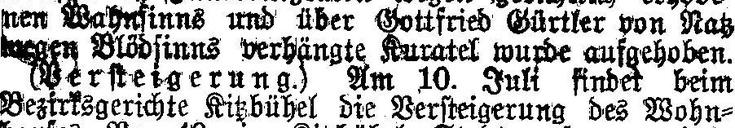
nen Wahnsinns und über Gottfried Gürtler von Ratz